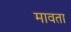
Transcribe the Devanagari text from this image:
मावता